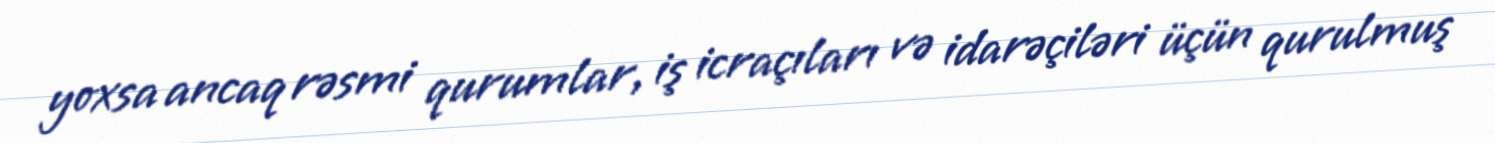
yoxsa ancaq rəsmi qurumlar, iş icraçıları və idarəçiləri üçün qurulmuş